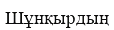
Шұнқырдың